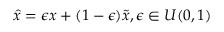
\hat { x } = \epsilon x + ( 1 - \epsilon ) \tilde { x } , \epsilon \in U ( 0 , 1 )